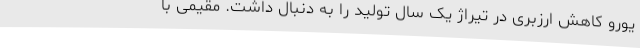
یورو کاهش ارزبری در تیراژ یک سال تولید را به دنبال داشت. مقیمی با